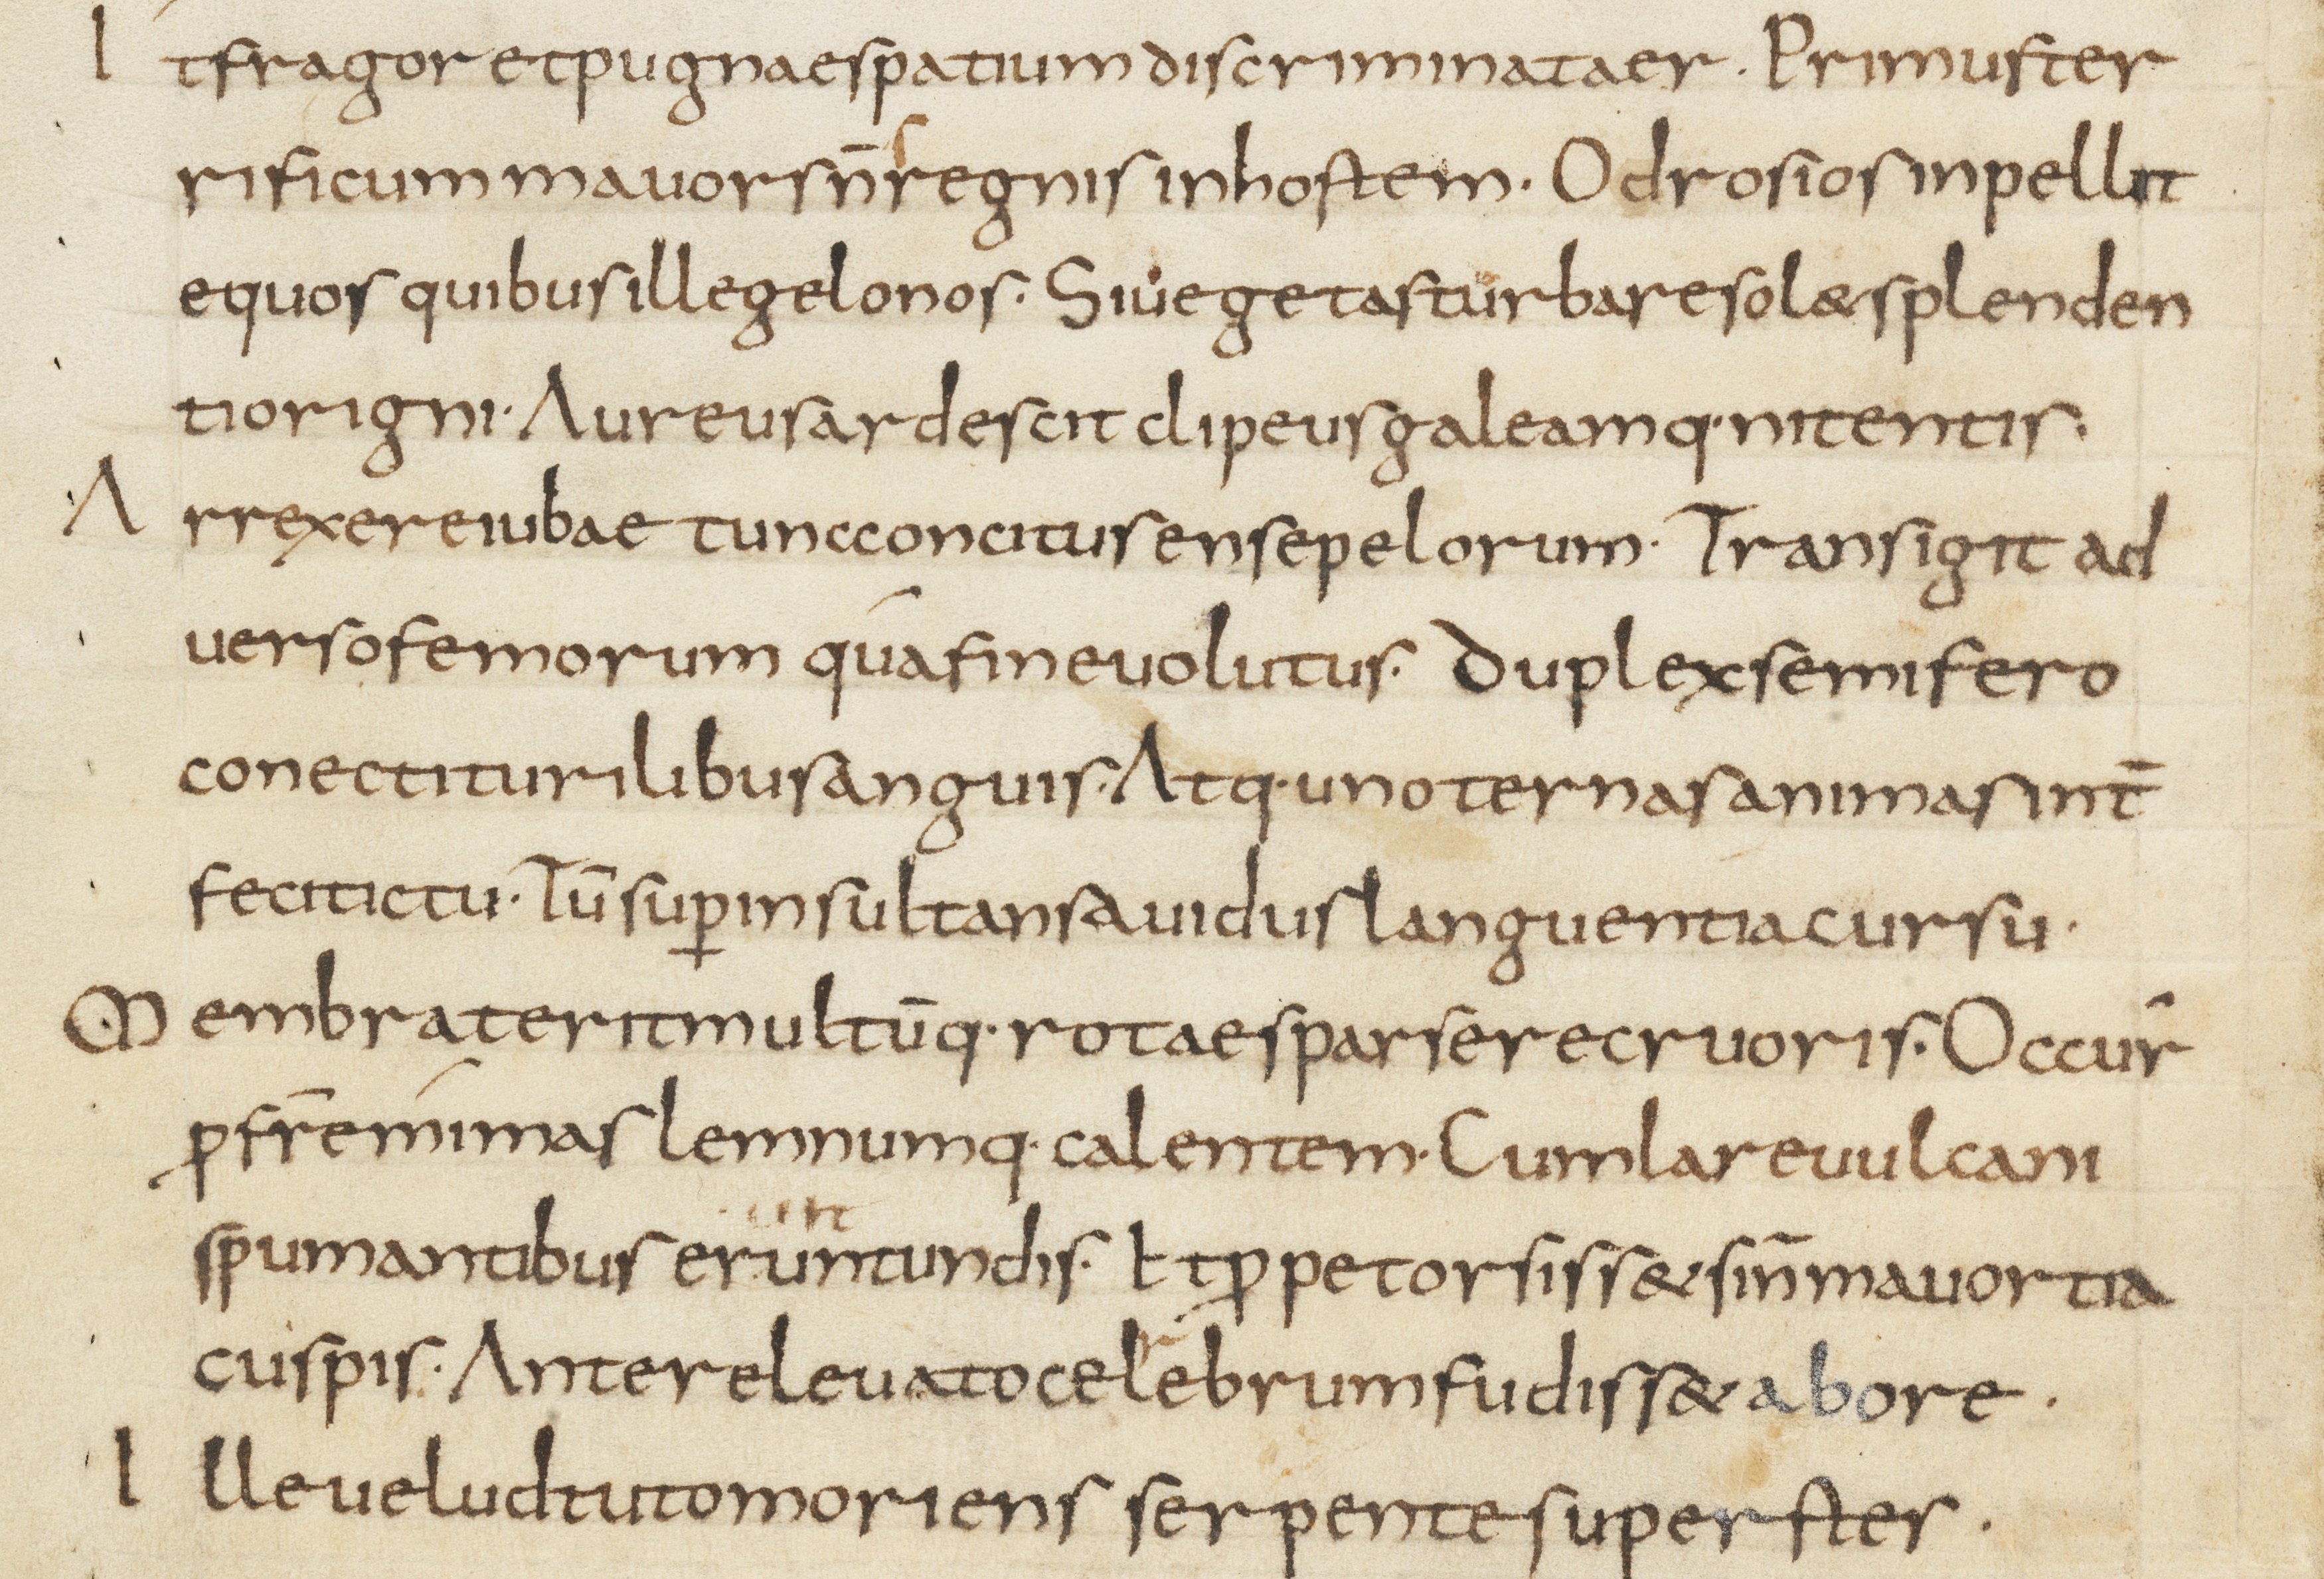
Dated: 800–899